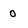
Character: 0